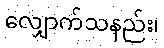
လျှောက်သနည်း၊